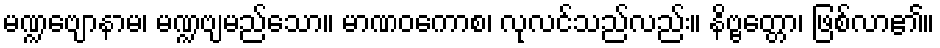
မဏ္ဍဗျောနာမ၊ မဏ္ဍဗျမည်သော။ မာဏဝကောစ၊ လုလင်သည်လည်း။ နိဗ္ဗတ္တော၊ ဖြစ်လာ၏။